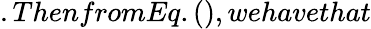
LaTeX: .ThenfromEq.(),wehavethat